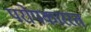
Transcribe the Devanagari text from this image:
परोपकाररत